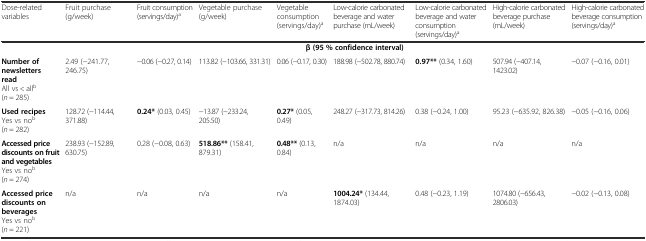
| Dose-related variables | Fruit purchase (g/week) | Fruit consumption (servings/day)a | Vegetable purchase (g/week) | Vegetable consumption (servings/day)a | Low-calorie carbonated beverage and water purchase (mL/week) | Low-calorie carbonated beverage and water consumption (servings/day)a | High-calorie carbonated beverage purchase (mL/week) | High-calorie carbonated beverage consumption (servings/day)a |
 | --- | --- | --- | --- | --- | --- | --- | --- | --- |
 |  | <COLSPAN=8> β (95 % confidence interval) |
 | Number of newsletters readAll vs < allb(n = 285) | 2.49 (−241.77, 246.75) | −0.06 (−0.27, 0.14) | 113.82 (−103.66, 331.31) | 0.06 (−0.17, 0.30) | 188.98 (−502.78, 880.74) | 0.97** (0.34, 1.60) | 507.94 (−407.14, 1423.02) | −0.07 (−0.16, 0.01) |
 | Used recipesYes vs nob (n = 282) | 128.72 (−114.44, 371.88) | 0.24* (0.03, 0.45) | −13.87 (−233.24, 205.50) | 0.27* (0.05, 0.49) | 248.27 (−317.73, 814.26) | 0.38 (−0.24, 1.00) | 95.23 (−635.92, 826.38) | −0.05 (−0.16, 0.06) |
 | Accessed price discounts on fruit and vegetablesYes vs nob(n = 274) | 238.93 (−152.89, 630.75) | 0.28 (−0.08, 0.63) | 518.86** (158.41, 879.31) | 0.48** (0.13, 0.84) | n/a | n/a | n/a | n/a |
 | Accessed price discounts on beveragesYes vs nob (n = 221) | n/a | n/a | n/a | n/a | 1004.24* (134.44, 1874.03) | 0.48 (−0.23, 1.19) | 1074.80 (−656.43, 2806.03) | −0.02 (−0.13, 0.08) |